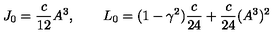
J _ { 0 } = \frac { c } { 1 2 } A ^ { 3 } , \qquad L _ { 0 } = ( 1 - \gamma ^ { 2 } ) \frac { c } { 2 4 } + \frac { c } { 2 4 } ( A ^ { 3 } ) ^ { 2 }